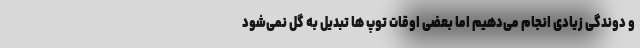
و دوندگی زیادی انجام می‌دهیم اما بعضی اوقات توپ ها تبدیل به گل نمی‌شود